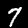
Label: 7